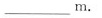
___ m.